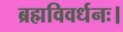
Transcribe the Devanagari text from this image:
ब्रह्मविवर्धनः।